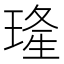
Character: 𤦶